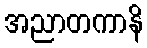
အညာတကာနိ